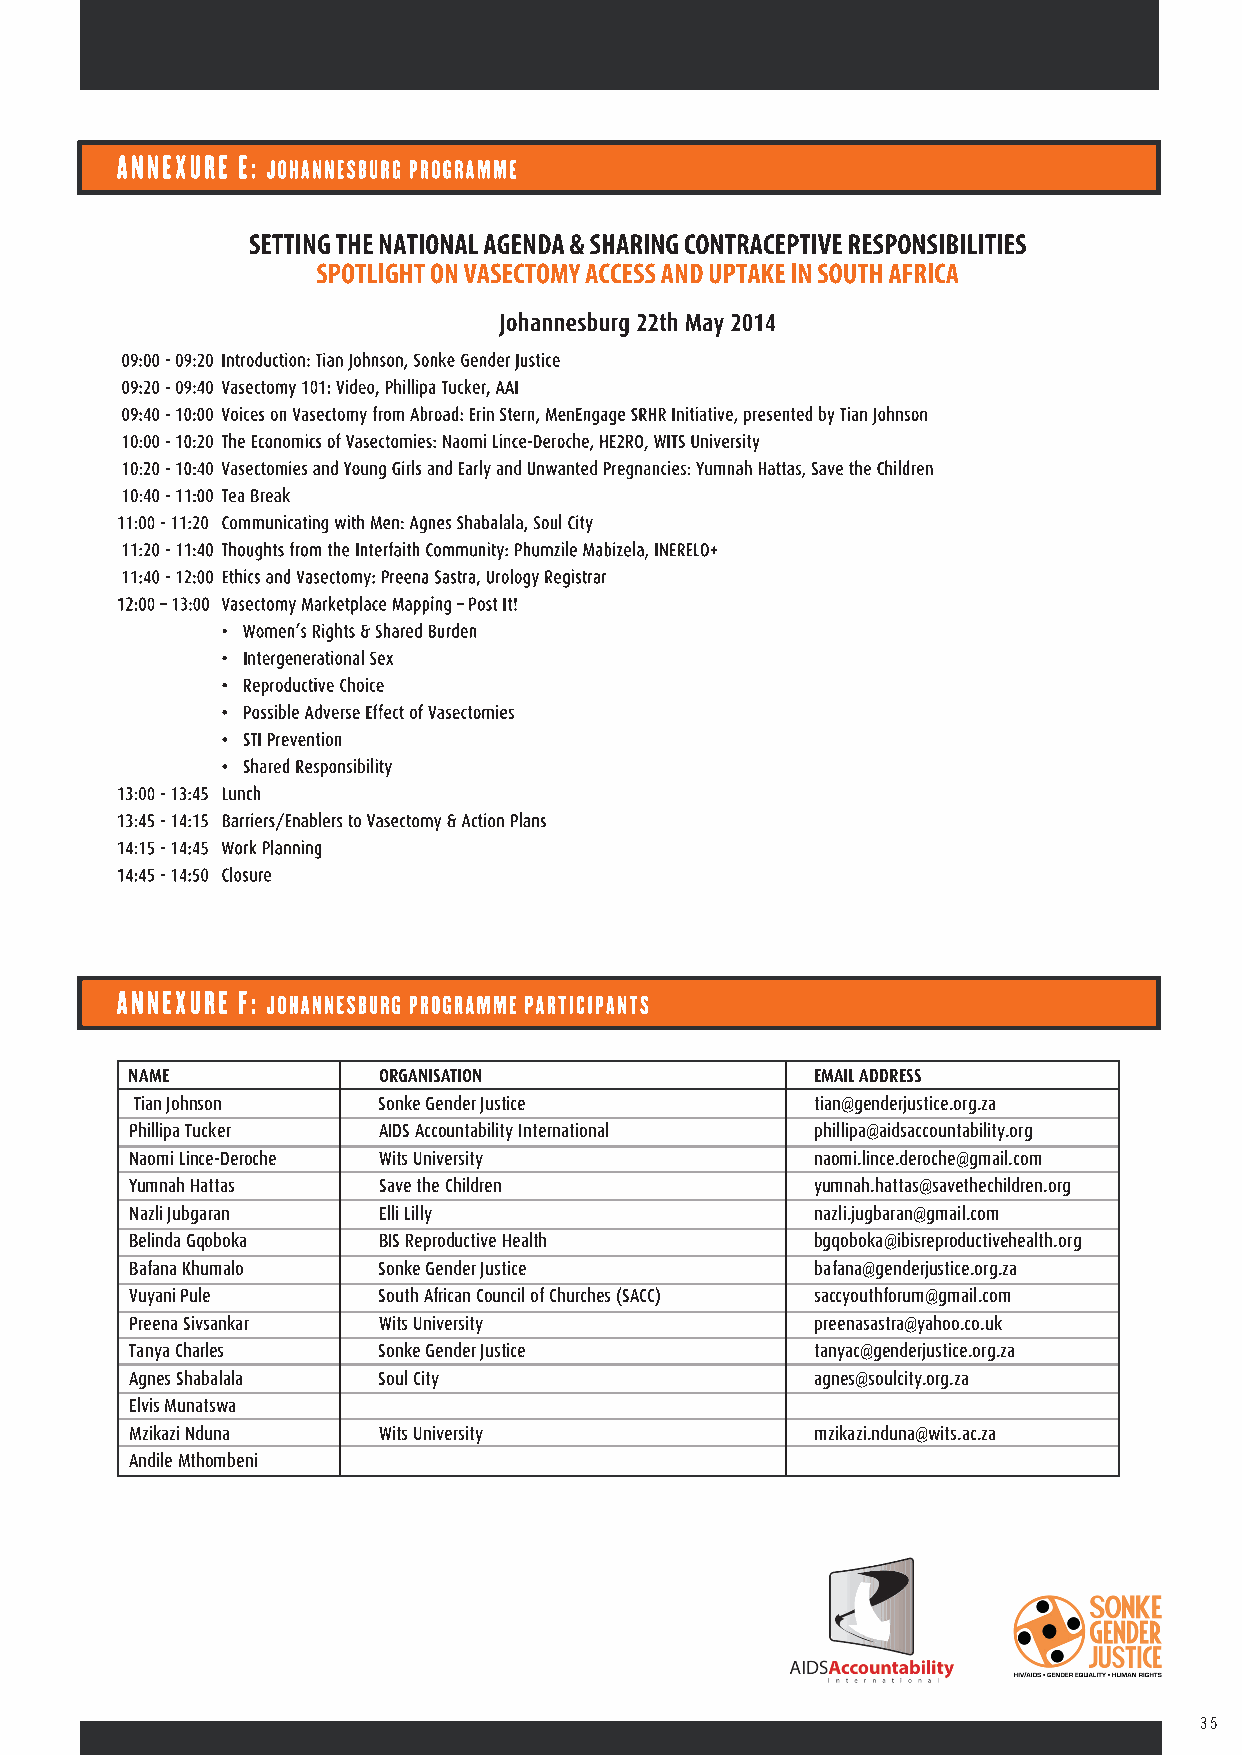
NAME            ORGANISATION                 EMAIL ADDRESS
 Tian Johnson    Sonke Gender Justice         tian@genderjustice.org.za
 Phillipa Tucker AIDS Accountability International phillipa@aidsaccountability.org
 Naomi Lince-Deroche Wits University          naomi.lince.deroche@gmail.com
 Yumnah Hattas   Save the Children            yumnah.hattas@savethechildren.org
 Nazli Jubgaran  Elli Lilly                   nazli.jugbaran@gmail.com
 Belinda Gqoboka BIS Reproductive Health      bgqoboka@ibisreproductivehealth.org
 Bafana Khumalo  Sonke Gender Justice         bafana@genderjustice.org.za
 Vuyani Pule     South African Council of Churches (SACC) saccyouthforum@gmail.com
 Preena Sivsankar Wits University             preenasastra@yahoo.co.uk
 Tanya Charles   Sonke Gender Justice         tanyac@genderjustice.org.za
 Agnes Shabalala Soul City                    agnes@soulcity.org.za
 Elvis Munatswa
 Mzikazi Nduna   Wits University              mzikazi.nduna@wits.ac.za
 Andile Mthombeni
 35